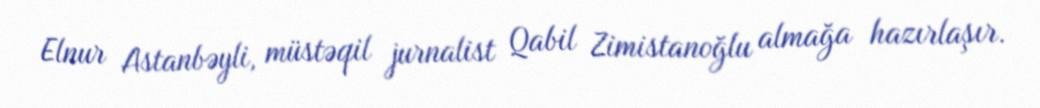
Elnur Astanbəyli, müstəqil jurnalist Qabil Zimistanoğlu almağa hazırlaşır.